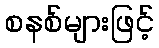
စနစ်များဖြင့်